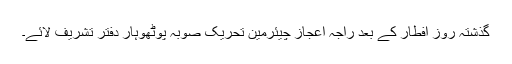
گذشتہ روز افطار کے بعد راجہ اعجاز چیئرمین تحریک صوبہ پوٹھوہار دفتر تشریف لائے۔